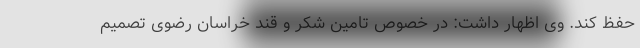
حفظ کند. وی اظهار داشت: در خصوص تامین شکر و قند خراسان رضوی تصمیم